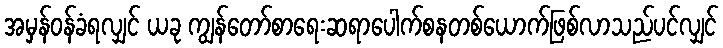
အမှန်ဝန်ခံရလျှင် ယခု ကျွန်တော်စာရေးဆရာပေါက်စနတစ်ယောက်ဖြစ်လာသည်ပင်လျှင်